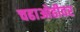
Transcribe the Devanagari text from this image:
चढाओढीवर